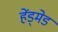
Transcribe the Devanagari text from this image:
हेंड्मेड